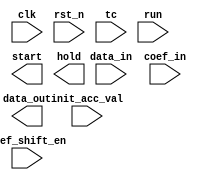
////////////////////////////////////////////////////////////////////////////////
//
//       This confidential and proprietary software may be used only
//     as authorized by a licensing agreement from Synopsys Inc.
//     In the event of publication, the following notice is applicable:
//
//                    (C) COPYRIGHT 2003 - 2018 SYNOPSYS INC.
//                           ALL RIGHTS RESERVED
//
//       The entire notice above must be reproduced on all authorized
//     copies.
//
//
// VERSION:   Verilog Simulation Model for DW_fir_seq
//
// DesignWare_version: a2d5ab8e
// DesignWare_release: O-2018.06-DWBB_201806.3
//
////////////////////////////////////////////////////////////////////////////////
//---------------------------------------------------------------------------
//
// ABSTRACT:  Sequential Digital FIR Filter Processor
//
// MODIFIED:
//
// 08/24/2018 RJK  Updated to eliminate SystemVerilog required use of 'assign'
//                 with type 'reg' variable (STAR 9001396239)
//
// 02/26/2016 LMSU Updated to use blocking and non-blocking assigments in
//                 the correct way
//
// 09/11/2003 Zhijun (Jerry) Huang
//            When coef_shift_en = 1, change
//                hold <= 1'b1;
//            to
//                hold_ctl = 1'b1;
//                hold <= hold_ctl;
//            so that when coef_shift_en changes to 0, 
//            hold stays at 1 until run becomes 1
//
// 09/16/2003 Zhijun (Jerry) Huang
//            reversed the order of coefficient register signals 
//            so that coef(0) is loaded first
//            added register with enable "run" for init_acc_val
//
//---------------------------------------------------------------------------

module DW_fir_seq ( clk, rst_n, coef_shift_en, tc, run, 
                    data_in, coef_in, init_acc_val, start, hold, data_out );

// paramters
parameter integer data_in_width = 8;
parameter integer coef_width = 8;
parameter integer data_out_width = 16;
parameter integer order = 6;

// ports
input  clk, rst_n, coef_shift_en, tc, run;
input  [data_in_width-1:0]  data_in;
input  [coef_width-1:0]     coef_in;
input  [data_out_width-1:0] init_acc_val;
output start, hold;
output [data_out_width-1:0] data_out;

// verilog function description of prod_sum1
//------------------------------------------------------------------------------
//
// ABSTRACT: Verilog function description of prod_sum1 for behavioral simulation
//
// MODIFIED:
//
//------------------------------------------------------------------------------

function[data_out_width-1:0] DWF_prod_sum1;
  // port list declaration in order
  input [data_in_width-1:0] A;
  input [coef_width-1:0] B;
  input [data_out_width-1:0] C;
  input TC;

  integer i,j;
  reg [data_out_width-1:0] temp1,temp2;
  reg [data_out_width-1:0] prod2;
  reg [data_in_width+coef_width-1:0] prod1;
  reg [data_in_width-1:0] abs_a;
  reg [coef_width-1:0] abs_b;

  begin
  // synopsys translate_off
    abs_a = (A[data_in_width-1])? (~A + 1'b1) : A;
    abs_b = (B[coef_width-1])? (~B + 1'b1) : B;

    temp1 = abs_a * abs_b;
    temp2 = ~(temp1 - 1'b1);

    prod1 = (TC) ? (((A[data_in_width-1] ^ B[coef_width-1]) && (|temp1))?
             temp2 : temp1) : A*B;

    if ((^(A ^ A) !== 1'b0) || (^(B ^ B) !== 1'b0) || (^(C ^ C) !== 1'b0) || (^(TC ^ TC) !== 1'b0) )
      DWF_prod_sum1 = {data_out_width {1'bx}};
    else if (TC === 1'b0)
      DWF_prod_sum1 = prod1+C;
    else begin
      if (data_out_width >= data_in_width+coef_width) begin
        j = data_in_width+coef_width-1;
        for(i=(data_in_width+coef_width-1); i>=0; i=i-1) begin
          prod2[i] = prod1[j];
          j = j-1;
        end
        if (data_out_width > data_in_width+coef_width) begin
          if (prod1[data_in_width+coef_width-1]) begin
            for(i=(data_out_width-1); i>=(data_in_width+coef_width); i=i-1) begin
              prod2[i] = 1'b1;
            end
          end
          else begin               
            for(i=(data_out_width-1); i>=(data_in_width+coef_width); i=i-1) begin
              prod2[i] = 1'b0;
            end
          end
        end
      end
      else begin
        for(i=(data_out_width-1);i>=0;i=i-1) begin
          prod2[i] = prod1[i];
        end
      end
      DWF_prod_sum1 = prod2+C;
    end   
     
  // synopsys translate_on
  end
endfunction // end DWF_prod_sum1

// synopsys translate_off

`define DW_addr_width ((order>16)?((order>64)?((order>128)?8:7):((order>32)?6:5)):((order>4)?((order>8)?4:3):((order>2)?2:1)))

  wire next_start, next_hold;
  reg  start, hold;
  wire [data_out_width-1:0] next_data_out;
  reg  [data_out_width-1:0] data_out;

  wire  next_run_last;
  reg   run_dly;
  wire  run_pos;
  wire  [31:0]               next_cycle_ctr;
  reg   [31:0]               cycle_ctr;
  wire  [`DW_addr_width-1:0] next_coef_ptr;
  reg   [`DW_addr_width-1:0] coef_ptr;
  wire  [`DW_addr_width-1:0] next_coef_addr;
  reg   [`DW_addr_width-1:0] coef_addr;
  wire  [`DW_addr_width-1:0] next_data_write_addr;
  reg   [`DW_addr_width-1:0] data_write_addr;
  wire  [`DW_addr_width-1:0] next_data_read_ptr;
  reg   [`DW_addr_width-1:0] data_read_ptr;
  wire  [`DW_addr_width-1:0] next_data_read_addr;
  reg   [`DW_addr_width-1:0] data_read_addr;
  reg   [data_in_width-1:0]  sample_mem [order-1:0];
  wire  [data_in_width-1:0]  sample_data;
  reg   [coef_width-1:0]     coef_mem [order-1:0];
  wire  [coef_width-1:0]     coef_data;
  wire  [data_out_width-1:0] sum_in; 
  wire  [data_out_width-1:0] next_init_acc_val;
  reg   [data_out_width-1:0] init_acc_val_reg;

//---------------------------------------------------------------------------
// Behavioral model
//---------------------------------------------------------------------------

// controller

  // detect rising EDGE of run 
  always @(posedge clk or negedge rst_n) begin : reg_run_PROC
    if      (rst_n === 1'b0) run_dly <= 1'b0;
    else if (rst_n === 1'b1) run_dly <= run;
    else                     run_dly <= 1'bx;
  end
  assign run_pos = run & ~run_dly;

  // cycle counter
  assign next_cycle_ctr = (coef_shift_en === 1'b1) ? cycle_ctr :
                            ((cycle_ctr < order) ? cycle_ctr + 1 :
                              ((run_pos === 1'b1) ? 32'b1 :
                                cycle_ctr));

  // turn off start control signal after first clk cycle of sample processing cycle
  assign next_start = (run_pos === 1'b1) ? 1'b1 : ((start == 1'b1) ? 1'b0 : start);

  assign next_hold = (coef_shift_en === 1'b1) ? 1'b1 :
                       ((run_pos === 1'b1) ? 1'b0 :
                         ((cycle_ctr == order) ? 1'b1 :
                           hold));

  assign next_coef_addr = (coef_shift_en === 1'b1) ? coef_addr :
                            ((run_pos === 1'b1) ? {`DW_addr_width{1'b0}} :
                              coef_ptr);

  assign next_coef_ptr = (coef_shift_en === 1'b1) ? coef_ptr :
                           ((cycle_ctr < order-1) ? coef_ptr + 1 :
                             ((run_pos === 1'b1) ? {{`DW_addr_width-1{1'b0}}, 1'b1} :
                               coef_ptr));

  assign next_data_write_addr = (coef_shift_en === 1'b1) ? {`DW_addr_width{1'b0}} :
                                  ((run_pos === 1'b0) ? data_write_addr :
                                    ((data_write_addr == order-1) ? {`DW_addr_width{1'b0}} :
                                      data_write_addr + 1));

  assign next_data_read_ptr = (coef_shift_en === 1'b1) ?
                                  data_read_ptr :
                                  (run_pos === 1'b1) ?
                                      (data_read_ptr == 0) ?
                                          (order - 1) :
                                          (data_read_ptr - 1) :
                                      (cycle_ctr < order-1) ?
                                          (data_read_ptr == 0) ?
                                              (order - 1) :
                                              (data_read_ptr - 1) :
                                          data_read_ptr;

  assign next_data_read_addr = (coef_shift_en === 1'b1) ? data_read_addr :
                                 ((run_pos === 1'b1) ? data_write_addr :
                                   data_read_ptr);

  always @(posedge clk or negedge rst_n) begin : controller_PROC
    if (rst_n === 1'b0) begin
      cycle_ctr          <= 32'b0;
      start              <= 1'b0;
      hold               <= 1'b0;
      coef_ptr           <= {`DW_addr_width{1'b0}};
      coef_addr          <= {`DW_addr_width{1'b0}};
      data_write_addr    <= {`DW_addr_width{1'b0}};
      data_read_ptr      <= {`DW_addr_width{1'b0}};
      data_read_addr     <= {`DW_addr_width{1'b0}};
    end else if (rst_n === 1'b1) begin 
      cycle_ctr          <= next_cycle_ctr;
      start              <= next_start;
      hold               <= next_hold;      
      coef_ptr           <= next_coef_ptr;
      coef_addr          <= next_coef_addr;
      data_write_addr    <= next_data_write_addr;
      data_read_ptr      <= next_data_read_ptr;
      data_read_addr     <= next_data_read_addr;
    end else begin
      cycle_ctr          <= 32'bx;
      start              <= 1'bx;
      hold               <= 1'bx;
      coef_ptr           <= {`DW_addr_width{1'bx}};
      coef_addr          <= {`DW_addr_width{1'bx}};
      data_write_addr    <= {`DW_addr_width{1'bx}};
      data_read_ptr      <= {`DW_addr_width{1'bx}};
      data_read_addr     <= {`DW_addr_width{1'bx}};
    end // else if (rst_n === 1'bx)
  end // controller
   
  
// data register file  
  always @(posedge clk or negedge rst_n) begin : data_reg_file_PROC
    integer i;
     
    if (rst_n === 1'b0) begin
      for (i=0; i<order; i=i+1) begin
        sample_mem[i] <= {data_in_width{1'b0}};
      end
    end else if (rst_n === 1'b1) begin

      if ((^(run ^ run) !== 1'b0) || (^(data_write_addr ^ data_write_addr) !== 1'b0)) begin
        for (i=0; i<order; i=i+1)
          sample_mem[i] <= {data_in_width{1'bx}};
      end else if (run === 1'b0) 
        sample_mem[data_write_addr] <= sample_mem[data_write_addr];
      else begin 
        if ((^(data_in ^ data_in) !== 1'b0))
          sample_mem[data_write_addr] <= {data_in_width{1'bx}};
        else 
          sample_mem[data_write_addr] <= data_in;
      end // else (run === '1')

    end else begin 
      for (i=0; i<order; i=i+1) begin
        sample_mem[i] <= {data_in_width{1'bx}};
      end    
    end // else (rst_n === 1'bx)
  end // data_reg_file  

  assign sample_data = (^(data_read_addr ^ data_read_addr) !== 1'b0) ? {data_in_width{1'bx}}
                                             : sample_mem[data_read_addr];

 
// coefficient register file
  always @(posedge clk or negedge rst_n) begin : coef_reg_file_PROC
    integer i;
    
    if (rst_n === 1'b0) begin
      for (i=0; i<order; i=i+1) 
        coef_mem[i] <= {data_in_width{1'b0}};
    end else if (rst_n === 1'b1) begin

      if (coef_shift_en === 1'b0) begin
        for (i=0; i<order; i=i+1)
          coef_mem[i] <= coef_mem[i];
      end else if (coef_shift_en === 1'b1) begin
        coef_mem[order-1] <= coef_in;
        for (i=order-2; i>=0; i=i-1) 
          coef_mem[i] <= coef_mem[i+1];
      end else begin
        for (i=0; i<order; i=i+1)
          coef_mem[i] <= {data_in_width{1'bx}};
      end

    end else begin 
      for (i=0; i<order; i=i+1) begin
        coef_mem[i] <= {data_in_width{1'bx}};
      end 
    end // else (rst_n === 1'bx)
  end // coef_reg_file

  assign coef_data = (^(coef_addr ^ coef_addr) !== 1'b0) ? {coef_width{1'bx}}
                                      : coef_mem[coef_addr];

 
// Arithmetic unit 

  // choose accumulator's input
  assign sum_in = (start === 1'b1) ? init_acc_val_reg : data_out;

  // register for init_acc_val
  assign next_init_acc_val = (run === 1'b1) ? init_acc_val : init_acc_val_reg;

  // MAC     
  assign next_data_out = (hold === 1'b1) ? data_out : DWF_prod_sum1(sample_data, coef_data, sum_in, tc); 

  always @(posedge clk or negedge rst_n) begin : arith_unit_PROC
    if (rst_n === 1'b0) begin
      init_acc_val_reg  <= {data_out_width{1'b0}};
      data_out          <= {data_out_width{1'b0}}; 
    end else if (rst_n === 1'b1) begin
      init_acc_val_reg  <= next_init_acc_val;
      data_out          <= next_data_out; 
    end else begin
      init_acc_val_reg  <= {data_out_width{1'bx}};
      data_out          <= {data_out_width{1'bx}};      
    end // else (rst_n === 1'bx)
  end // arith_unit 


  //-------------------------------------------------------------------------
  // Parameter legality check
  //-------------------------------------------------------------------------

  
 
  initial begin : parameter_check
    integer param_err_flg;

    param_err_flg = 0;
    
    
    if (data_in_width < 1) begin
      param_err_flg = 1;
      $display(
	"ERROR: %m :\n  Invalid value (%d) for parameter data_in_width (lower bound: 1)",
	data_in_width );
    end
    
    if (coef_width < 1) begin
      param_err_flg = 1;
      $display(
	"ERROR: %m :\n  Invalid value (%d) for parameter coef_width (lower bound: 1)",
	coef_width );
    end
    
    if (data_out_width < 1) begin
      param_err_flg = 1;
      $display(
	"ERROR: %m :\n  Invalid value (%d) for parameter data_out_width (lower bound: 1)",
	data_out_width );
    end
    
    if ( (order < 2) || (order > 256) ) begin
      param_err_flg = 1;
      $display(
	"ERROR: %m :\n  Invalid value (%d) for parameter order (legal range: 2 to 256)",
	order );
    end 
  
    if ( param_err_flg == 1) begin
      $display(
        "%m :\n  Simulation aborted due to invalid parameter value(s)");
      $finish;
    end

  end // parameter_check 


  //---------------------------------------------------------------------------
  // Report unknown clock inputs
  //---------------------------------------------------------------------------
  
  always @ (clk) begin : clk_monitor 
    if ( (clk !== 1'b0) && (clk !== 1'b1) && ($time > 0) )
      $display( "WARNING: %m :\n  at time = %t, detected unknown value, %b, on clk input.",
                $time, clk );
    end // clk_monitor 

`undef DW_addr_width

// synopsys translate_on

endmodule // DW_fir_seq